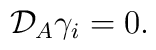
{\cal {D}}_{A}\gamma_{i}= 0 .